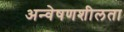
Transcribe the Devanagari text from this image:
अन्वेषणशीलता